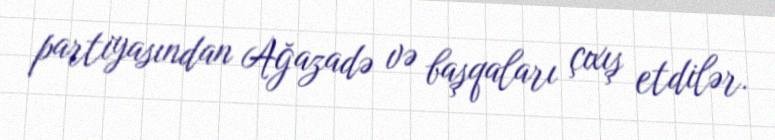
partiyasından Ağazadə və başqaları çıxış etdilər.